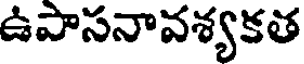
ఉపాసనావశ్యకత